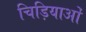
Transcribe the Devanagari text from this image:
चिड़ियाओं